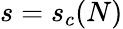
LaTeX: s=s_{c}(N)